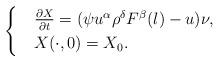
LaTeX: \begin{align*}\begin{cases}&\frac{\partial X}{\partial t}=(\psi u^\alpha\rho^\delta F^{\beta}(\l)-u) \nu,\\&X(\cdot,0)=X_0.\end{cases}\end{align*}